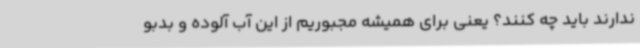
ندارند باید چه کنند؟ یعنی برای همیشه مجبوریم از این آب آلوده و بدبو